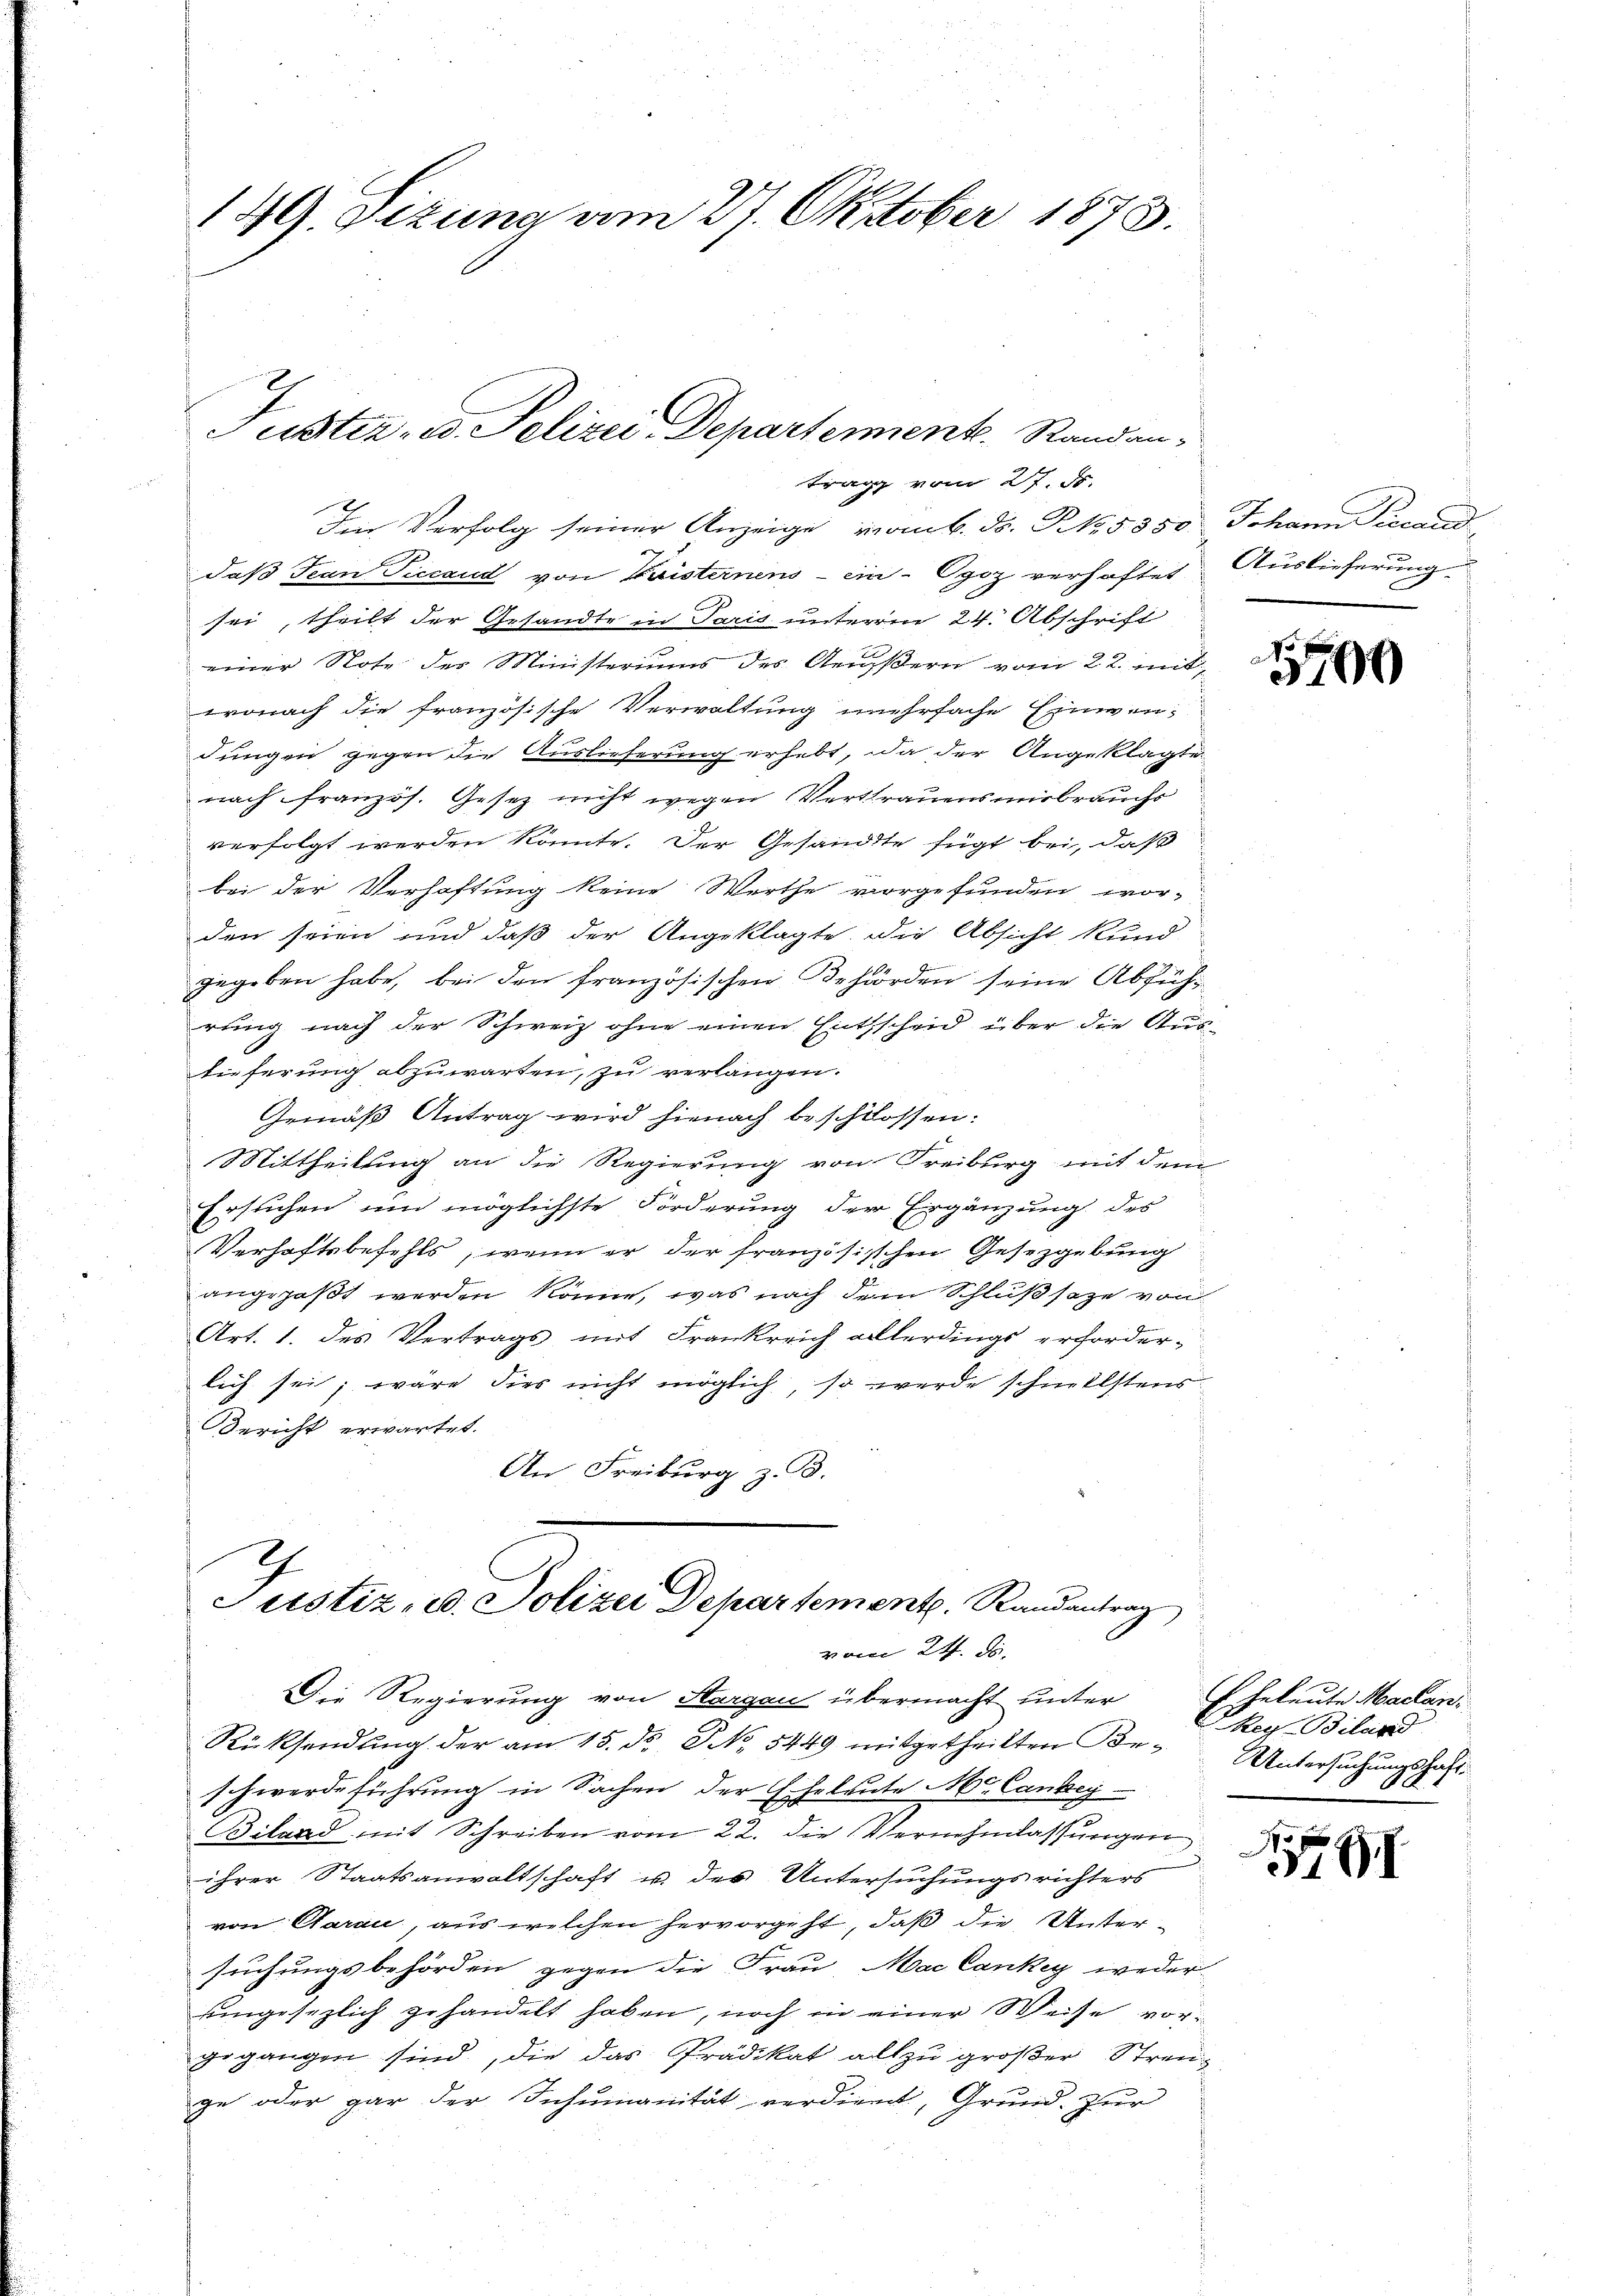
149. Sizung am 27. Oktober 1873.

Fustiz- u. Polizei-Departemente. Randantrag vom 27. d.

Im Verfolg seiner Anzeige vom 6. ds. Z. 15350 Johann Piecend
daß Jean Piccaud von Kaisternens - ein-Ogoz verhaftet Auslieferung
sei, theilt der Gesandte in Paris unterm 24. Abschrift
einer Note des Ministeriums des Aeußern vom 22. Mit
wonach die französische Verwaltung mehrfache Einwendungen gegen die Auslieferung erhebt, da der Angeklagte
nach französ. Gesetz nicht wegen Vertrauensmirbrauchs
verfolgt werden könnte. Der Gesandte fügt bei, daß
bei der Verhaftung keine Werthe vorgefunden wor-
den seien und daß der Angeklagte. Die Absicht kund-
gegeben habe, bei den französischen Behörden seine Abführung nach der Schweiz ohne einen Entscheid über die Auslieferung abzuwarten, zu verlangen.
Gemäß Antrag wird hienach beschlossen:
Mittheilung an die Regierung von Freiburg mit dem
Ersuchen um möglichste Forderung der Ergänzung des
Verhaftsbefehls, wenn er der französischen Gesetzgebung
angepaßt werden könne, was nach dem Schluß sage von
Art. 1. des Vertrags mit Frankreich allerdings erforder-
lich sei, wäre dies nicht möglich, so werde schmelstens
Bericht erwartet.
An Freiburg z. B.

Justiz, u. Polizei Departement. Randantrag
vom 24. d.

Die Regierung von Aargau übermacht unter

Rücksendung der am 15. ds NNo. 5449 mitgetheilten Beschwerdeführung in Sachen der Eheleute Mr. Canzey
Biland mit Schreiben vom 22. die Vernehmlassungen
ihrer Staatsanwaltschaft u. des Untersuchungsrichters
von Garan, aus welchen hervorgeht, daß die Untersuchungsbehörden gegen die Frau Mac Cankey weder
eingesezlich gehandelt haben, noch in einer Weise vorgegangen sind, die das Prädikat allzu großer Streuge oder gar der Inhumanität verdient, Grund. Zur

590

heleute Mailan
BReg. Biland
Untersuchungshaft

79